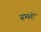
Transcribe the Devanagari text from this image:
सभ्यतों